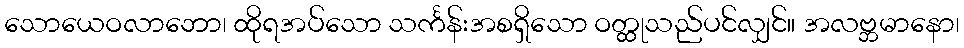
သောယေဝလာဘော၊ ထိုရအပ်သော သင်္ကန်းအစရှိသော ဝတ္ထုသည်ပင်လျှင်။ အလဗ္ဘမာနော၊